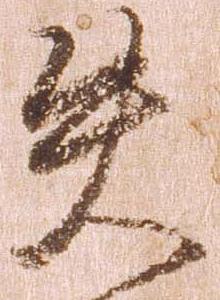
失